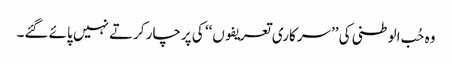
وہ حُب الوطنی کی ’’سرکاری تعریفوں‘‘ کی پرچار کرتے نہیں پائے گئے۔